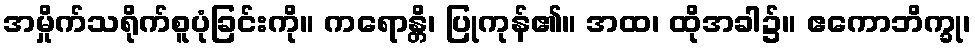
အမှိုက်သရိုက်စူပုံခြင်းကို။ ကရောန္တိ၊ ပြုကုန်၏။ အထ၊ ထိုအခါ၌။ ဧကောဘိက္ခု၊